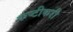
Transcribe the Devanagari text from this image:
कष्टीकरी